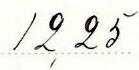
12,25